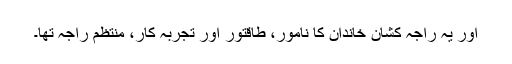
اور یہ راجہ کشان خاندان کا نامور، طاقتور اور تجربہ کار، منتظم راجہ تھا۔